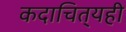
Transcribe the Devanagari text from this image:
कदाचित्‌यही